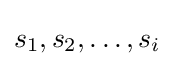
s_{1},s_{2},\dots ,s_{i}